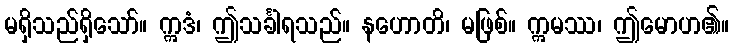
မရှိသည်ရှိသော်။ ဣဒံ၊ ဤသင်္ခါရသည်။ နဟောတိ၊ မဖြစ်။ ဣမဿ၊ ဤမောဟ၏။